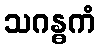
သဂန္ဓကံ